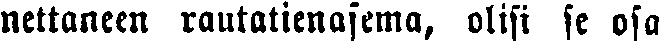
nettaneen rautatienasema, olisi se osa